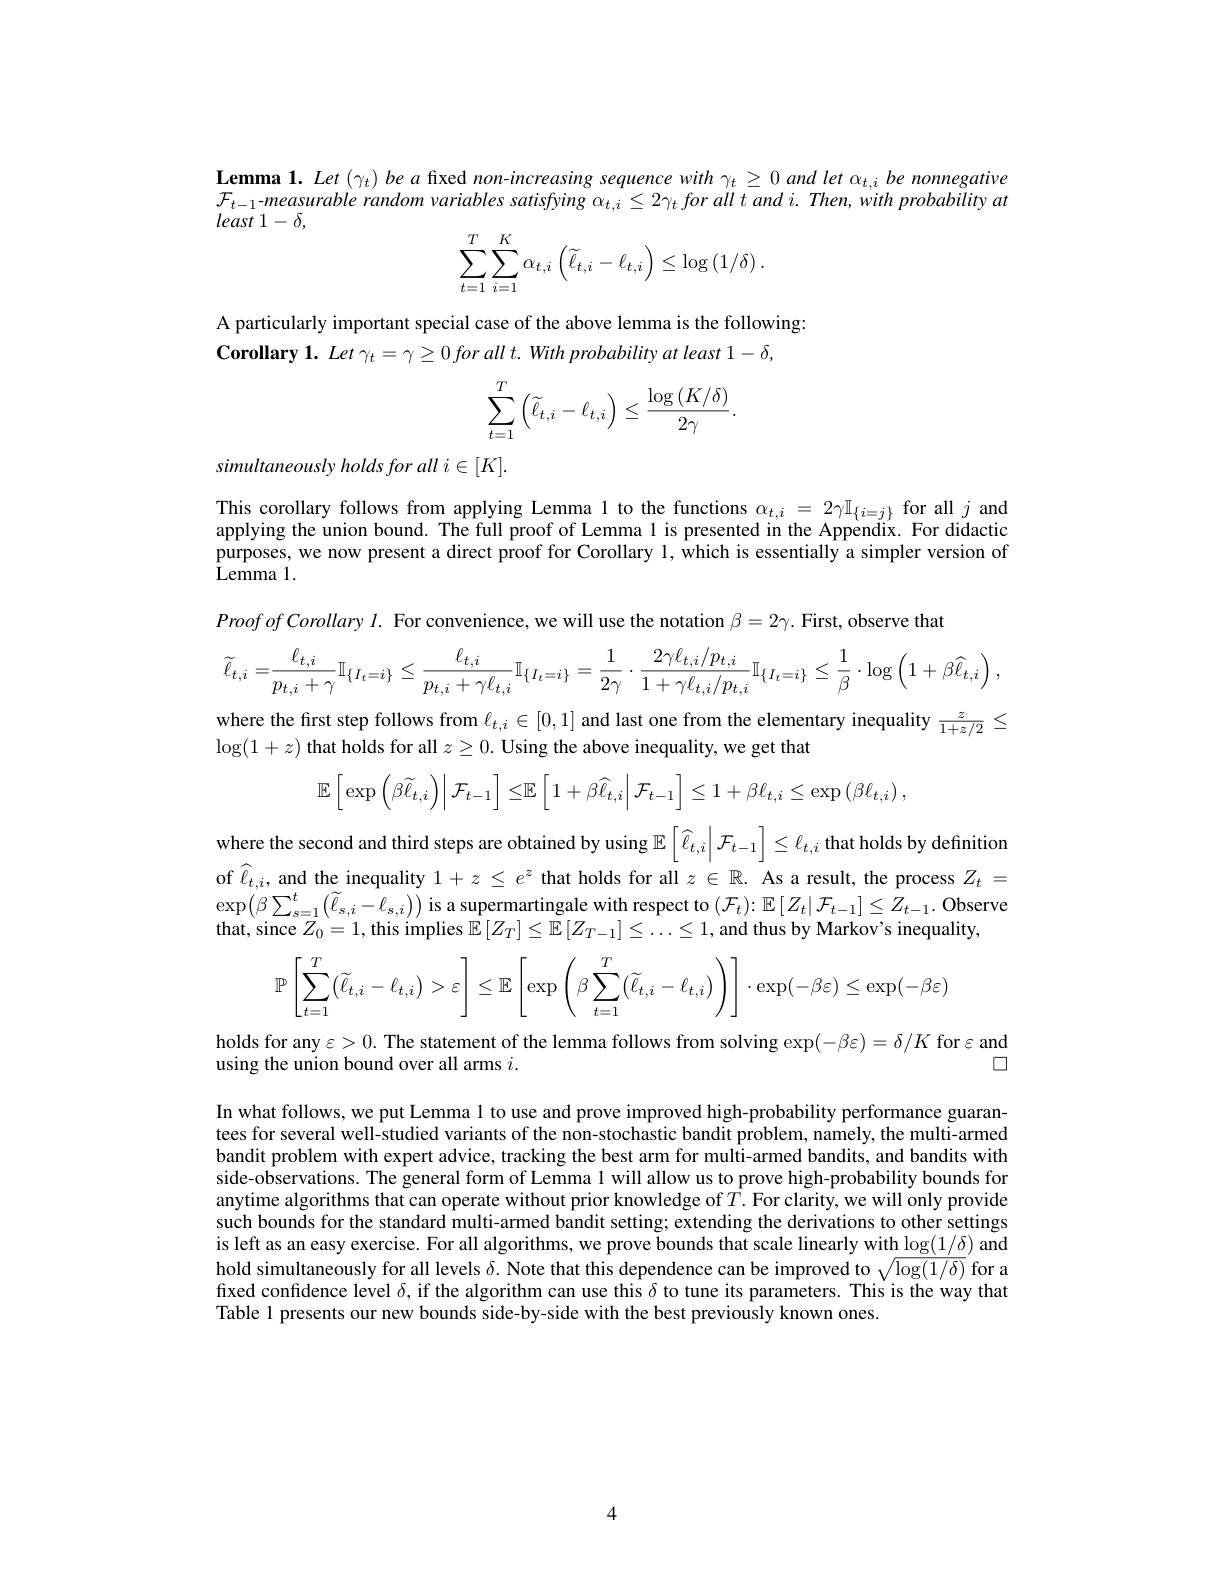
Lemma 1. Let $( \gamma _t) \textit{be afixed non- increasing sequence with }\gamma _t\geq 0$ and let $\alpha_t,i$ be nonnegative $\mathcal{F}_{t-1}$-measurable random variables satisfying $\alpha_t,i\leq2\gamma_t$ for aill $t$ and $i.Then,with$ probability at least $1- \delta $,
$$\sum\limits_{t=1}^T\sum\limits_{i=1}^K\alpha_{t,i}\left(\widetilde{\ell}_{t,i}-\ell_{t,i}\right)\leq\log\left(1/\delta\right).$$
A particularly important special case of the above lemma is the following:
$\textbf{Corollary 1. Let }\gamma _{t}= \gamma \geq 0\textit{for all t. With probability at least 1- , }$
$$\begin{aligned}\sum_{t=1}^{T}\left(\widetilde{\ell}_{t,i}-\ell_{t,i}\right)\leq\frac{\log\left(K/\delta\right)}{2\gamma}.\end{aligned}$$
simultaneously holds for all i $\in[K].$

This corollary follows from applying Lemma 1 to the functions $\alpha_{t,i}=2\gamma\mathbb{I}_{\{i=j\}}$ for all $j$ and applying the union bound. The full proof of Lemma 1 is presented in the Appendix. For didactic purposes, we now present a direct proof for Corollary 1, which is essentially a simpler version of ${\bar{\mathrm{Lemma~1.}}}$
$Proofof\textit{Corollary }l.$ For convenience, we will use the notation $\beta=2\gamma.$ First, observe that
$$\widetilde{\ell}_{t,i}=\frac{\ell_{t,i}}{p_{t,i}+\gamma}\mathbb{I}_{\{I_{t}=i\}}\leq\frac{\ell_{t,i}}{p_{t,i}+\gamma\ell_{t,i}}\mathbb{I}_{\{I_{t}=i\}}=\frac{1}{2\gamma}\cdot\frac{2\gamma\ell_{t,i}/p_{t,i}}{1+\gamma\ell_{t,i}/p_{t,i}}\mathbb{I}_{\{I_{t}=i\}}\leq\frac{1}{\beta}\cdot\log\left(1+\beta\widehat{\ell}_{t,i}\right),$$
where the first step follows from $\ell_{t,i}\in[0,1]$ and last one from the elementary inequality $\frac z{1+z/2}\leq$
$\log(1+z)$ that holds for all $z\geq0.$ Using the above inequality, we get that
$$\mathbb{E}\left[\left.\exp\left(\beta\widetilde{\ell}_{t,i}\right)\right|\mathcal{F}_{t-1}\right]\leq\mathbb{E}\left[\left.1+\beta\widehat{\ell}_{t,i}\right|\mathcal{F}_{t-1}\right]\leq1+\beta\ell_{t,i}\leq\exp\left(\beta\ell_{t,i}\right),$$
where the second and third steps are obtained by using $\mathbb{E} \left [ \widehat{\ell } _{t, i}\left | \mathcal{F} _{t- 1}\right ] \leq \ell _{t, i}\text{thatholds by definition}\right ]$ of $\widehat{\ell}_{t,i}$, and the inequality $1+z\leq e^z$ that holds for all $z\in\mathbb{R}.$ As a result, the process $Z_t=$ $\exp\left(\beta\sum_{s=1}^{t}\left(\widetilde{\ell}_{s,i}-\widehat{\ell}_{s,i}\right)\right)$is a supermartingale with respect to $(\mathcal{F}_t){:}\mathbb{E}\left[Z_t|\mathcal{F}_{t-1}\right]\leq Z_{t-1}.$ Observe that, since $Z_0=1$, this implies $\mathbb{E}\left[Z_T\right]\leq\mathbb{E}\left[Z_{T-1}\right]\leq\ldots\leq1$, and thus by Markov's inequality,
$$\mathbb{P}\left[\sum_{t=1}^T\bigl(\widetilde{\ell}_{t,i}-\ell_{t,i}\bigr)>\varepsilon\right]\leq\mathbb{E}\left[\exp\left(\beta\sum_{t=1}^T\bigl(\widetilde{\ell}_{t,i}-\ell_{t,i}\bigr)\right)\right]\cdot\exp(-\beta\varepsilon)\leq\exp(-\beta\varepsilon)$$
holds for any $\varepsilon>0.$ The statement of the lemma follows from solving exp$(-\beta\varepsilon)=\delta/K$ for$\varepsilon$ and
口
using the union bound over all arms $i.$

In what follows, we put Lemma 1 to use and prove improved high-probability performance guarantees for several well-studied variants of the non-stochastic bandit problem, namely, the multi-armed bandit problem with expert advice, tracking the best arm for multi-armed bandits, and bandits with side-observations. The general form of Lemma 1 will allow us to prove high-probability bounds for anytime algorithms that can operate without prior knowledge of $T.$ For clarity, we will only provide such bounds for the standard multi-armed bandit setting; extending the derivations to other settings is left as an easy exercise. For all algorithms, we prove bounds that scale linearly with $\log(1/\delta)$ and hold simultaneously for all levels $\delta.$ Note that this dependence can be improved to $\sqrt{\log(1/\delta)}$ for a fixed confidence level $\delta$, if the algorithm can use this $\delta$ to tune its parameters. This is the way that Table 1 presents our new bounds side-by-side with the best previously known ones.